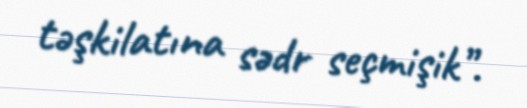
təşkilatına sədr seçmişik”.